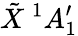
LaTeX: \tilde{X}\ {}^{1}A_{1}^{\prime}